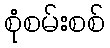
စုံစမ်းစစ်